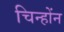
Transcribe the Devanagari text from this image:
चिन्होंन